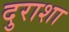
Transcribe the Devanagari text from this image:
दुराशा